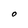
Character: O